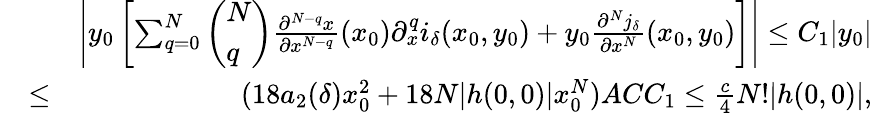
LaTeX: \begin{array}{rlr}&{}&{\left|y_{0}\left[\sum_{q=0}^{N}\left(\begin{array}{l}{N}\\ {q}\end{array}\right)\frac{\partial^{N-q}x}{\partial x^{N-q}}(x_{0})\partial_{x}^{q}i_{\delta}(x_{0},y_{0})+y_{0}\frac{\partial^{N}j_{\delta}}{\partial x^{N}}(x_{0},y_{0})\right]\right|\leq C_{1}|y_{0}|}\\ &{\leq}&{(18a_{2}(\delta)x_{0}^{2}+18N|h(0,0)|x_{0}^{N})ACC_{1}\leq\frac{c}{4}N!|h(0,0)|,}\end{array}